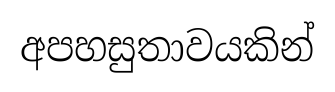
අපහසුතාවයකින්